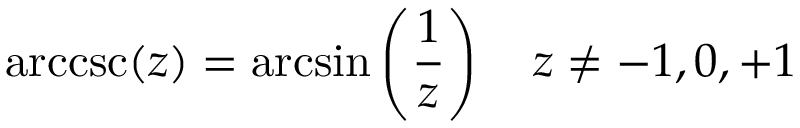
\operatorname { a r c c s c } ( z ) = \arcsin \left( { \frac { 1 } { z } } \right) \quad z \neq - 1 , 0 , + 1